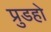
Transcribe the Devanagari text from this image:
प्रुडहो